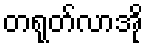
တရုတ်လာအို